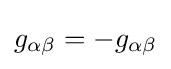
g_{\alpha \beta }=-g_{\alpha \beta }